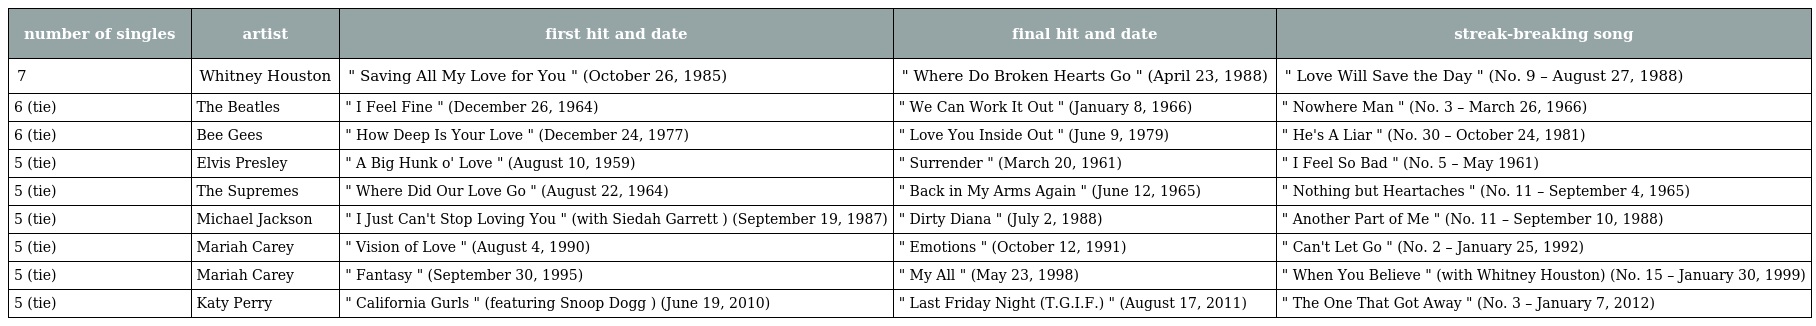
| number of singles | artist | first hit and date | final hit and date | streak-breaking song |
 | --- | --- | --- | --- | --- |
 | 7 | Whitney Houston | " Saving All My Love for You " (October 26, 1985) | " Where Do Broken Hearts Go " (April 23, 1988) | " Love Will Save the Day " (No. 9 – August 27, 1988) |
 | 6 (tie) | The Beatles | " I Feel Fine " (December 26, 1964) | " We Can Work It Out " (January 8, 1966) | " Nowhere Man " (No. 3 – March 26, 1966) |
 | 6 (tie) | Bee Gees | " How Deep Is Your Love " (December 24, 1977) | " Love You Inside Out " (June 9, 1979) | " He's A Liar " (No. 30 – October 24, 1981) |
 | 5 (tie) | Elvis Presley | " A Big Hunk o' Love " (August 10, 1959) | " Surrender " (March 20, 1961) | " I Feel So Bad " (No. 5 – May 1961) |
 | 5 (tie) | The Supremes | " Where Did Our Love Go " (August 22, 1964) | " Back in My Arms Again " (June 12, 1965) | " Nothing but Heartaches " (No. 11 – September 4, 1965) |
 | 5 (tie) | Michael Jackson | " I Just Can't Stop Loving You " (with Siedah Garrett ) (September 19, 1987) | " Dirty Diana " (July 2, 1988) | " Another Part of Me " (No. 11 – September 10, 1988) |
 | 5 (tie) | Mariah Carey | " Vision of Love " (August 4, 1990) | " Emotions " (October 12, 1991) | " Can't Let Go " (No. 2 – January 25, 1992) |
 | 5 (tie) | Mariah Carey | " Fantasy " (September 30, 1995) | " My All " (May 23, 1998) | " When You Believe " (with Whitney Houston) (No. 15 – January 30, 1999) |
 | 5 (tie) | Katy Perry | " California Gurls " (featuring Snoop Dogg ) (June 19, 2010) | " Last Friday Night (T.G.I.F.) " (August 17, 2011) | " The One That Got Away " (No. 3 – January 7, 2012) |